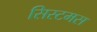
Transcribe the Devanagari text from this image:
सिस्टमस